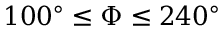
1 0 0 ^ { \circ } \leq \Phi \leq 2 4 0 ^ { \circ }